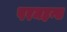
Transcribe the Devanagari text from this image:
परमहन्स